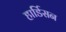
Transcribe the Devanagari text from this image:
हार्डिसन